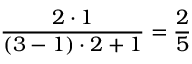
\frac { 2 \cdot 1 } { ( 3 - 1 ) \cdot 2 + 1 } = \frac { 2 } { 5 }